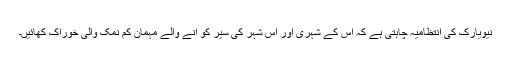
نیویارک کی انتظامیہ چاہتی ہے کہ اْس کے شہری اور اس شہر کی سیر کو آنے والے مہمان کم نمک والی خوراک کھائیں۔